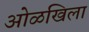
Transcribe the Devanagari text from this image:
ओळखिला